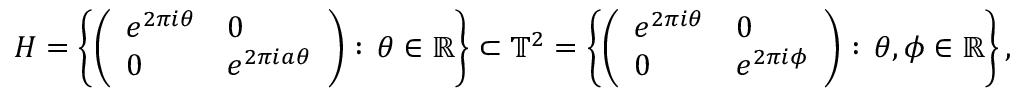
H = \left\{ \left( { \begin{array} { l l } { e ^ { 2 \pi i \theta } } & { 0 } \\ { 0 } & { e ^ { 2 \pi i a \theta } } \end{array} } \right) : \, \theta \in \mathbb { R } \right\} \subset \mathbb { T } ^ { 2 } = \left\{ \left( { \begin{array} { l l } { e ^ { 2 \pi i \theta } } & { 0 } \\ { 0 } & { e ^ { 2 \pi i \phi } } \end{array} } \right) : \, \theta , \phi \in \mathbb { R } \right\} ,